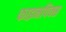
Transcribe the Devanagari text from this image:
फाइनपिक्स